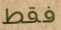
فقط